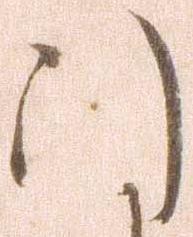
引